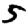
Digit: 5